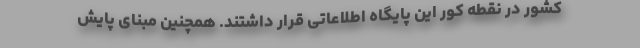
کشور در نقطه کور این پایگاه اطلاعاتی قرار داشتند. همچنین مبنای پایش